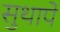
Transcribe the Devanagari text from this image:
सुथापे